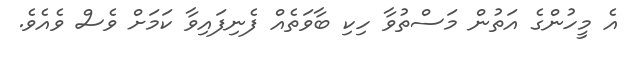
އެ މީހުންގެ އަތުން މަސްތުވާ ހިކި ބާވަތެއް ފެނިފައިވާ ކަމަށް ވެސް ވެއެވެ.